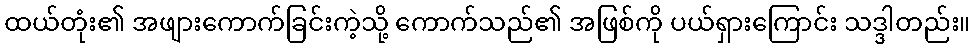
ထယ်တုံး၏ အဖျားကောက်ခြင်းကဲ့သို့ ကောက်သည်၏ အဖြစ်ကို ပယ်ရှားကြောင်း သဒ္ဒါတည်း။